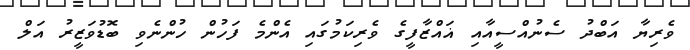
ވެރިޔާ އަބްދު ސެނުއްސީއާއި ޣައްޒާފީގެ ވެރިކަމުގައި އެންމެ ފަހުން ހުންނެވި ބޮޑުވަޒީރު އަލް